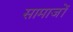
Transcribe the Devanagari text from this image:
सामाजों